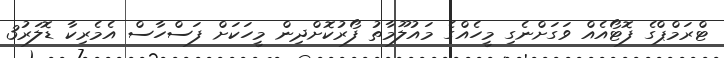
ޓްރަމްޕްގެ ފޮޓޯއެއް ވަގަށްނެގި މީހެއްގެ މައުލޫމާތު ފޯރުކޮށްދިން މީހަކަށް ފަސްހާސް އެމެރިކާ ޑޮލަރު3